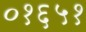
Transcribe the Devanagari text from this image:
०१६५१